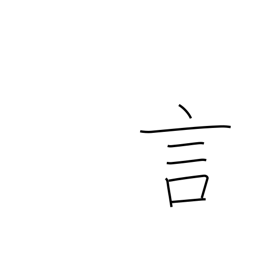
Meaning: word